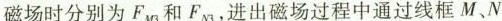
磁场时分别为F_{M3}和F_{N3}，进出磁场过程中通过线框M、N